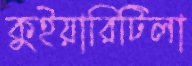
কুইয়ারিটিলা